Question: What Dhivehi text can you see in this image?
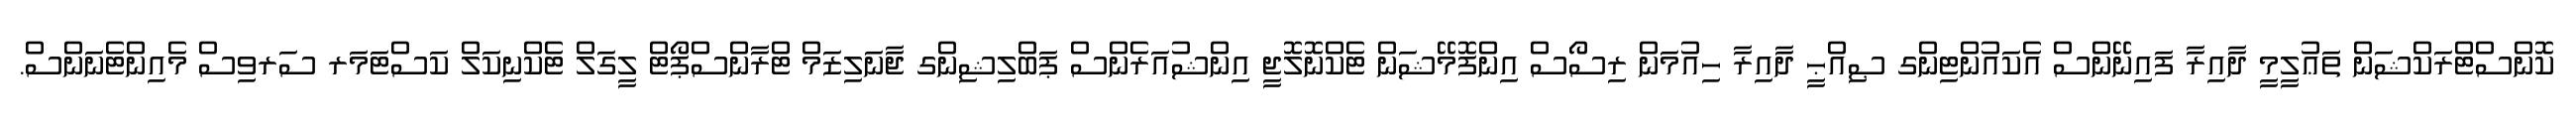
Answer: ކޮންސްޓްރަކްޝަން ތަޢުލީމީ ދާއިރާ ފައިނޭންސް އެކައުންޓިންގ ޞިއްޙީ ދާއިރާ ހިއުމަން ރިސޯސް އިންފޮމޭޝަން ޓެކްނޮލޮޖީ އިންޝުއަރެންސް ޕަބްލިޝިންގ ޖާނަލިޒަމް ޓްރާންސްޕޯޓް ލީގަލް ޓެކްނިކަލް ކަސްޓަމަރ ސަރވިސް މެއިންޓެނަންސް.